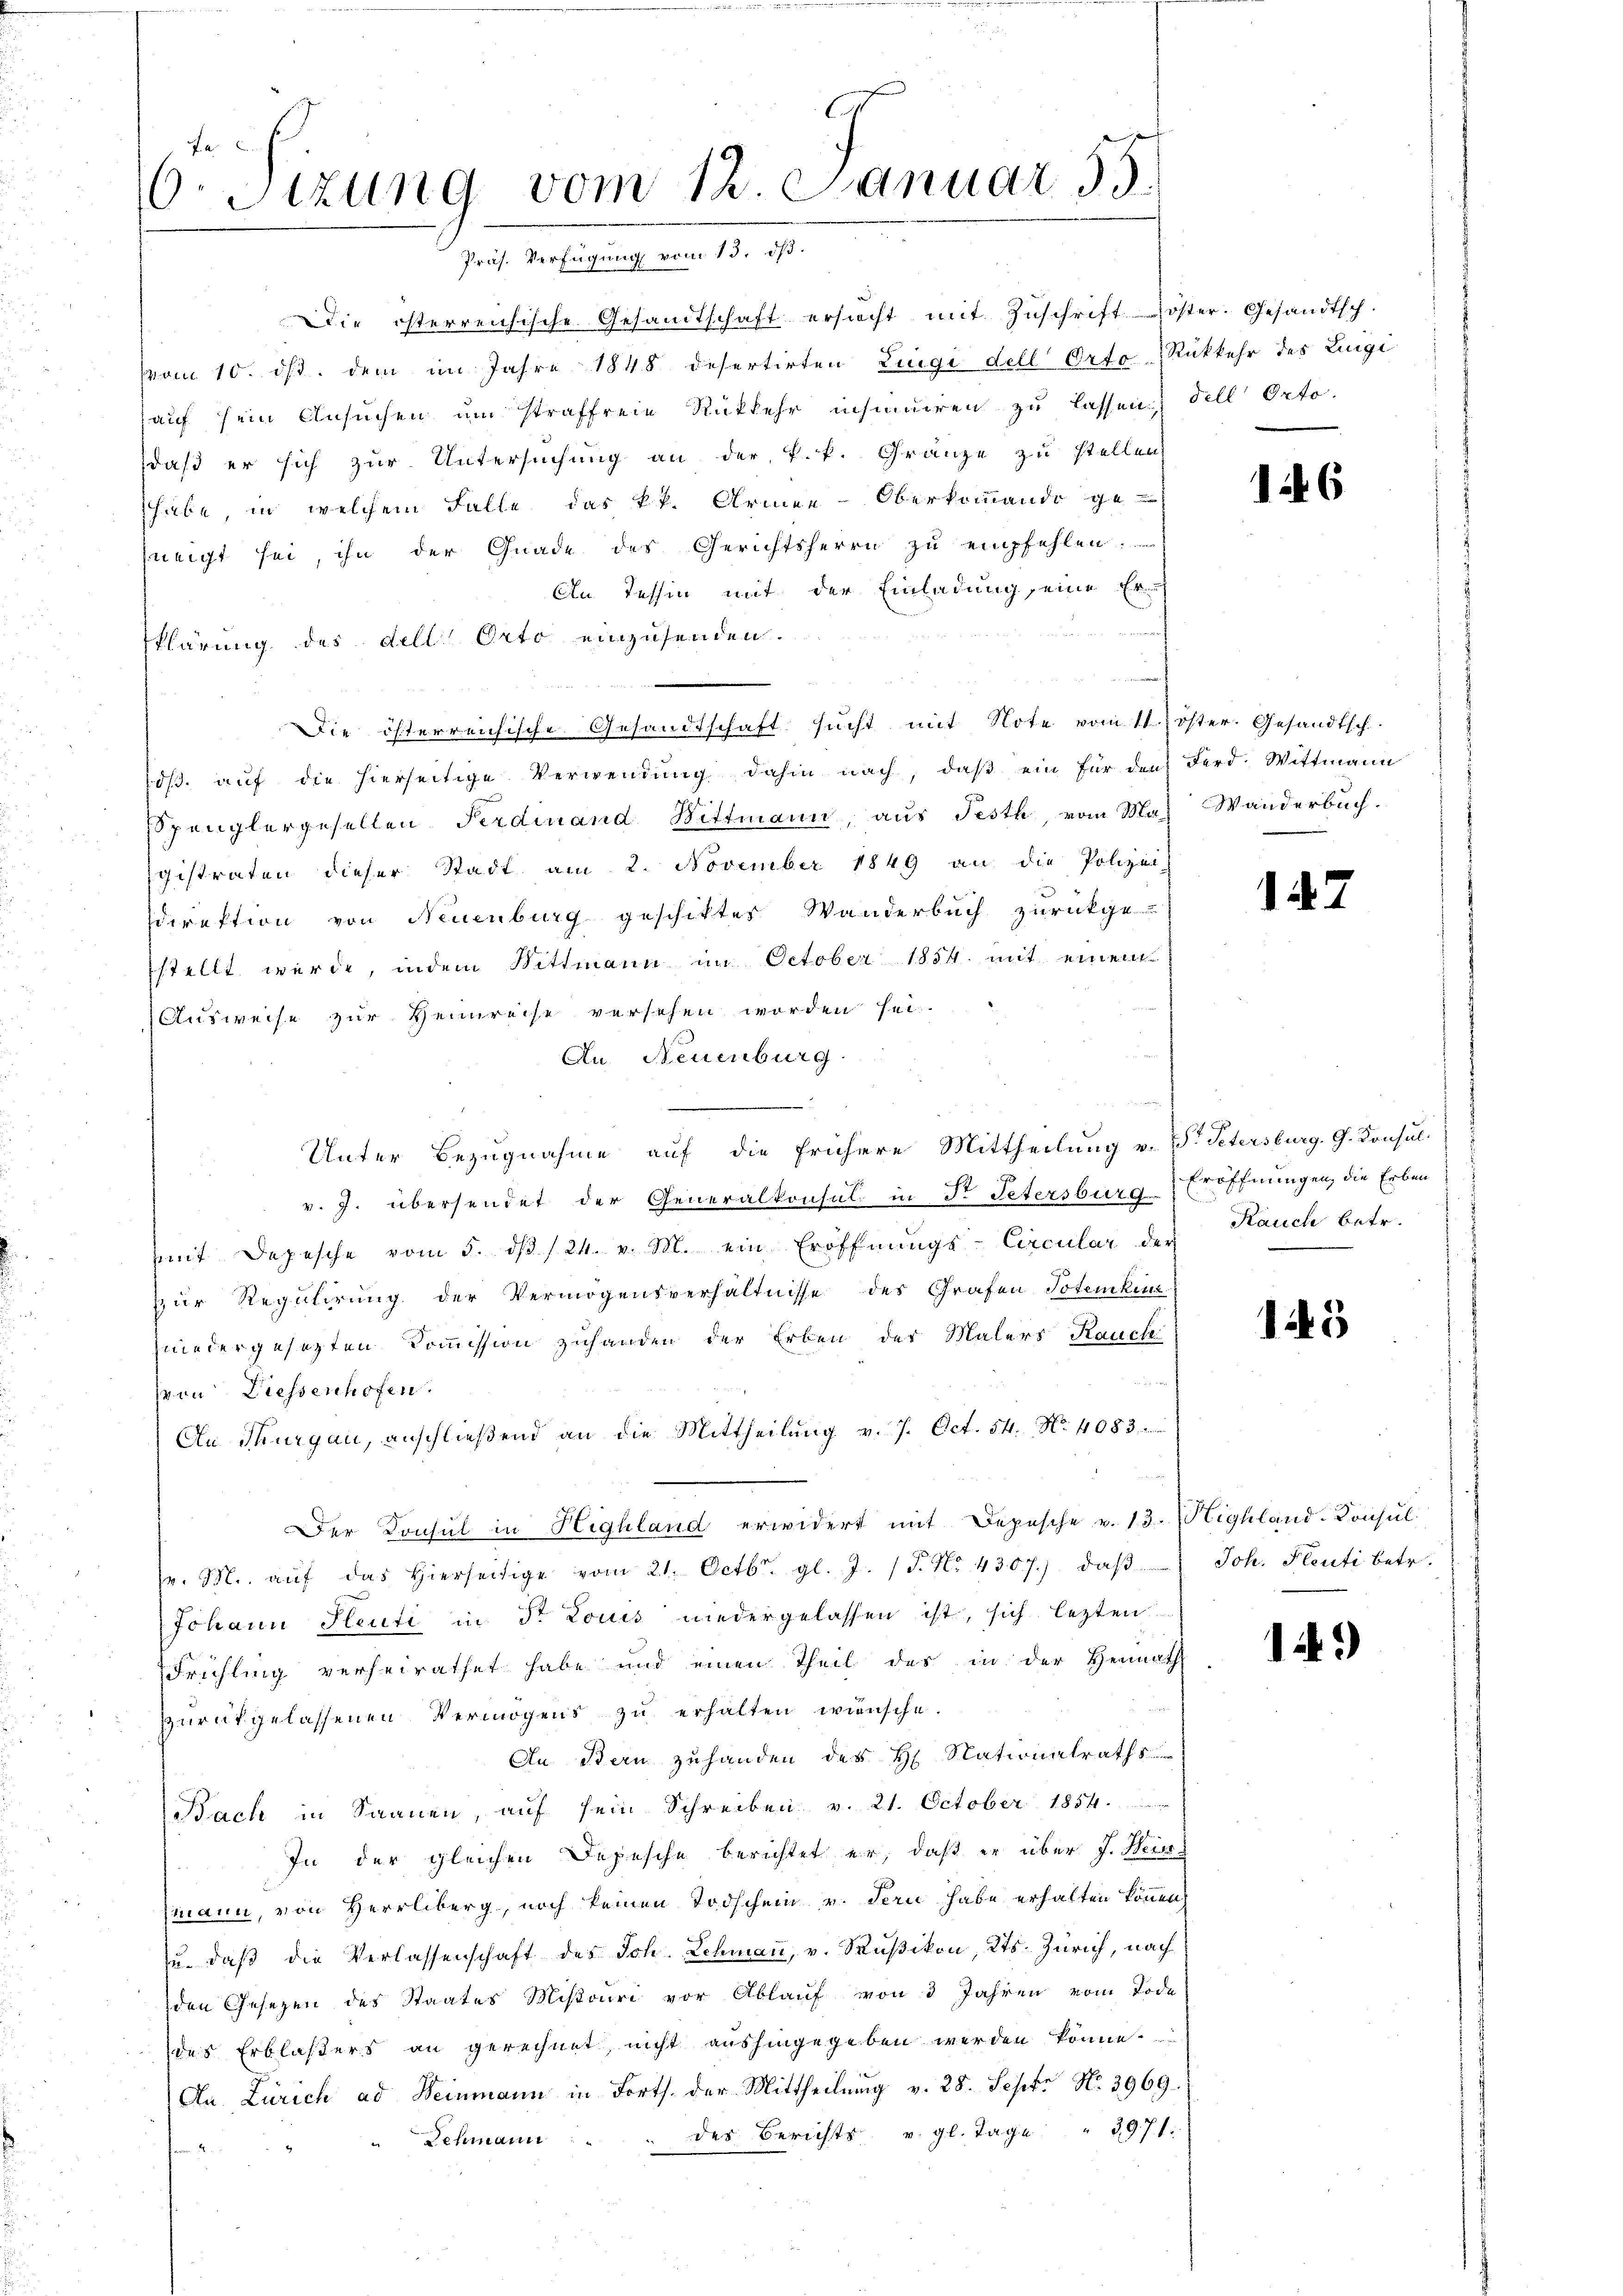
Fa
6.Stzung vom 12 Januar 55.
Präs. Verfügung vom 13. dß.

Die österreichische Gesandtschaft ersucht mit Zuschrift öster. Gesandtsch.
vom 10. ds. dem im Jahre 1848 desertirten Lingi dell Orto-Rükkehr des Luigi
auf sein Ansuchen um straffreie Rükkehr insinuiren zu lassen) Fell Orto-
daß er sich zur Untersuchung an der k.k. Gränze zu stellen
habe, in welchem Falle das kk. Armee-Oberkommando ge
neigt sei, ihn der Gnade des Gerichtsherrn zu empfehlen.
An Tessin mit der Einladung, eine Er
nd
klärung des dell, Orto einzusenden.
Die österreichische Gesandtschaft sucht mit Note vom 11. öster. Gesandtsch.
dβ aŭf die hierseitige Verwendŭng dahin nach, daβ ein für den Ferd. Wittmann
Spanglergesellen Ferdinand Wittmann, aŭs Festh, vom Max Wanderbuch.
igistraten dieser Stadt am 2. November 1849 an die Polizei-
direktion von Neuenburg geschiktes Wanderbuch zurückge-
stellt werde, indem Wittmann im October 1854. mit einem
Ausweise zur Heinreise versehen worden sei.
An Neuenburg.
Unter Bezugnahme auf die frühere Mittheilung v. P. Petersburg. G. Konsul
v. J. übersendet der Generalkonsul in Fr Petersburg-Eröffnungen, die Erben
mit Depesche vom 5. dβ /24. v. M. ein Eröffnungs-Circular der Kauch betr.
zur Regulirung der Vermögensverhältnisse des Grafen Totenkir
niedergesetzten Kommission zuhanden der Erben der Malers Rauche
hren Diessenhofen.
An Thurgau, anschlieβend an die Mittheilŭng v. 7. Oct. 54. No 4083.
Der Konsul in Highland erwidert mit Depesche u. 13. Highland-Consul
fr. M. aŭf das hierseitige vom 21. Octbr. gl. J. (T. No. 4307). daβ
Johann Senti in Dr Louis niedergelassen ist, sich lezten
Frühling verheirathet habe und einen Theil des in der Heimath
zurückgelassenen Vermögens zŭ erhalten wünsche.
An Bern zuhanden des H. Nationalraths
Bach in Saanen, auf sein Schreiben v. 21. October 1854.
In der gleichen Depesche berichtet er, daß er über J. Weis
mann, von Herrliberg, noch keinen Todschein v. Seri habe erhalten können.
zu, daß die Verlassenschaft des Joh. Lehmann, v. Rußikon, Kts. Zürich, nach
den Gesetzen des Staates Misouri vor Ablauf von 3 Jahren vom Tode
des Erblasers an gerechnet, nicht aushingegeben werden könne.
An Zürich ad Weinmann in Forts. der Mittheilŭng v. 28. Sept No. 3969.
des Berichts u. gl. Tage " 3971.
Schmann

146

142

h

125

Joh. Plenti betr.

19)